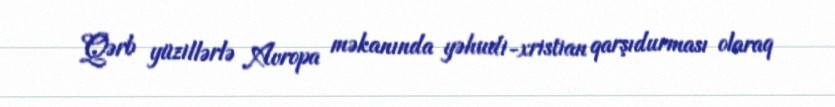
Qərb yüzillərlə Avropa məkanında yəhudi-xristian qarşıdurması olaraq